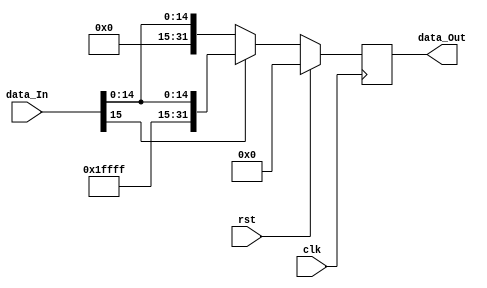
module extend(
	input clk,
	input rst,
	input[15:0] data_In,
	output reg[31:0] data_Out
); 

always @ (posedge clk) begin
	if(rst)
		data_Out <= 0;
	else begin
		if(data_In[15] == 0)
			data_Out <= {16'd0, data_In}; //estende 16 bits para 0
		else
			data_Out <= {16'hFFFF, data_In}; //estende 16 bits para 1
			
	end
end

endmodule